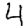
Digit: 4